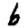
Digit: 6